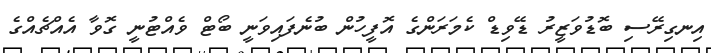
އިނގިރޭސި ބޮޑުވަޒީރު ޑޭވިޑް ކެމަރަންގެ އޮފީހުން ބުނެފައިވަނީ ބޯޓް ވެއްޓުނީ ގޮވާ އެއްޗެއްގެ